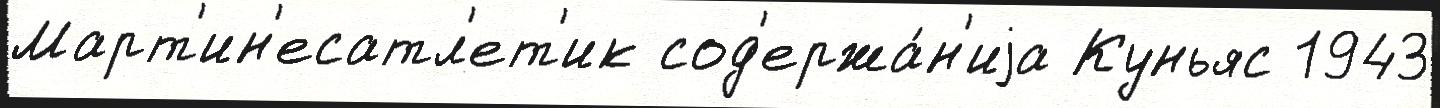
Март'ин'есатл'ет'ик сод'ержа́н'иjа Куньяс 1943